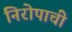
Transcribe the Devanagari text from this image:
निरोपाची